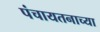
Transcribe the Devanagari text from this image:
पंचायतनाच्या